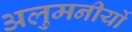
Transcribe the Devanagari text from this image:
अलुमनीयों